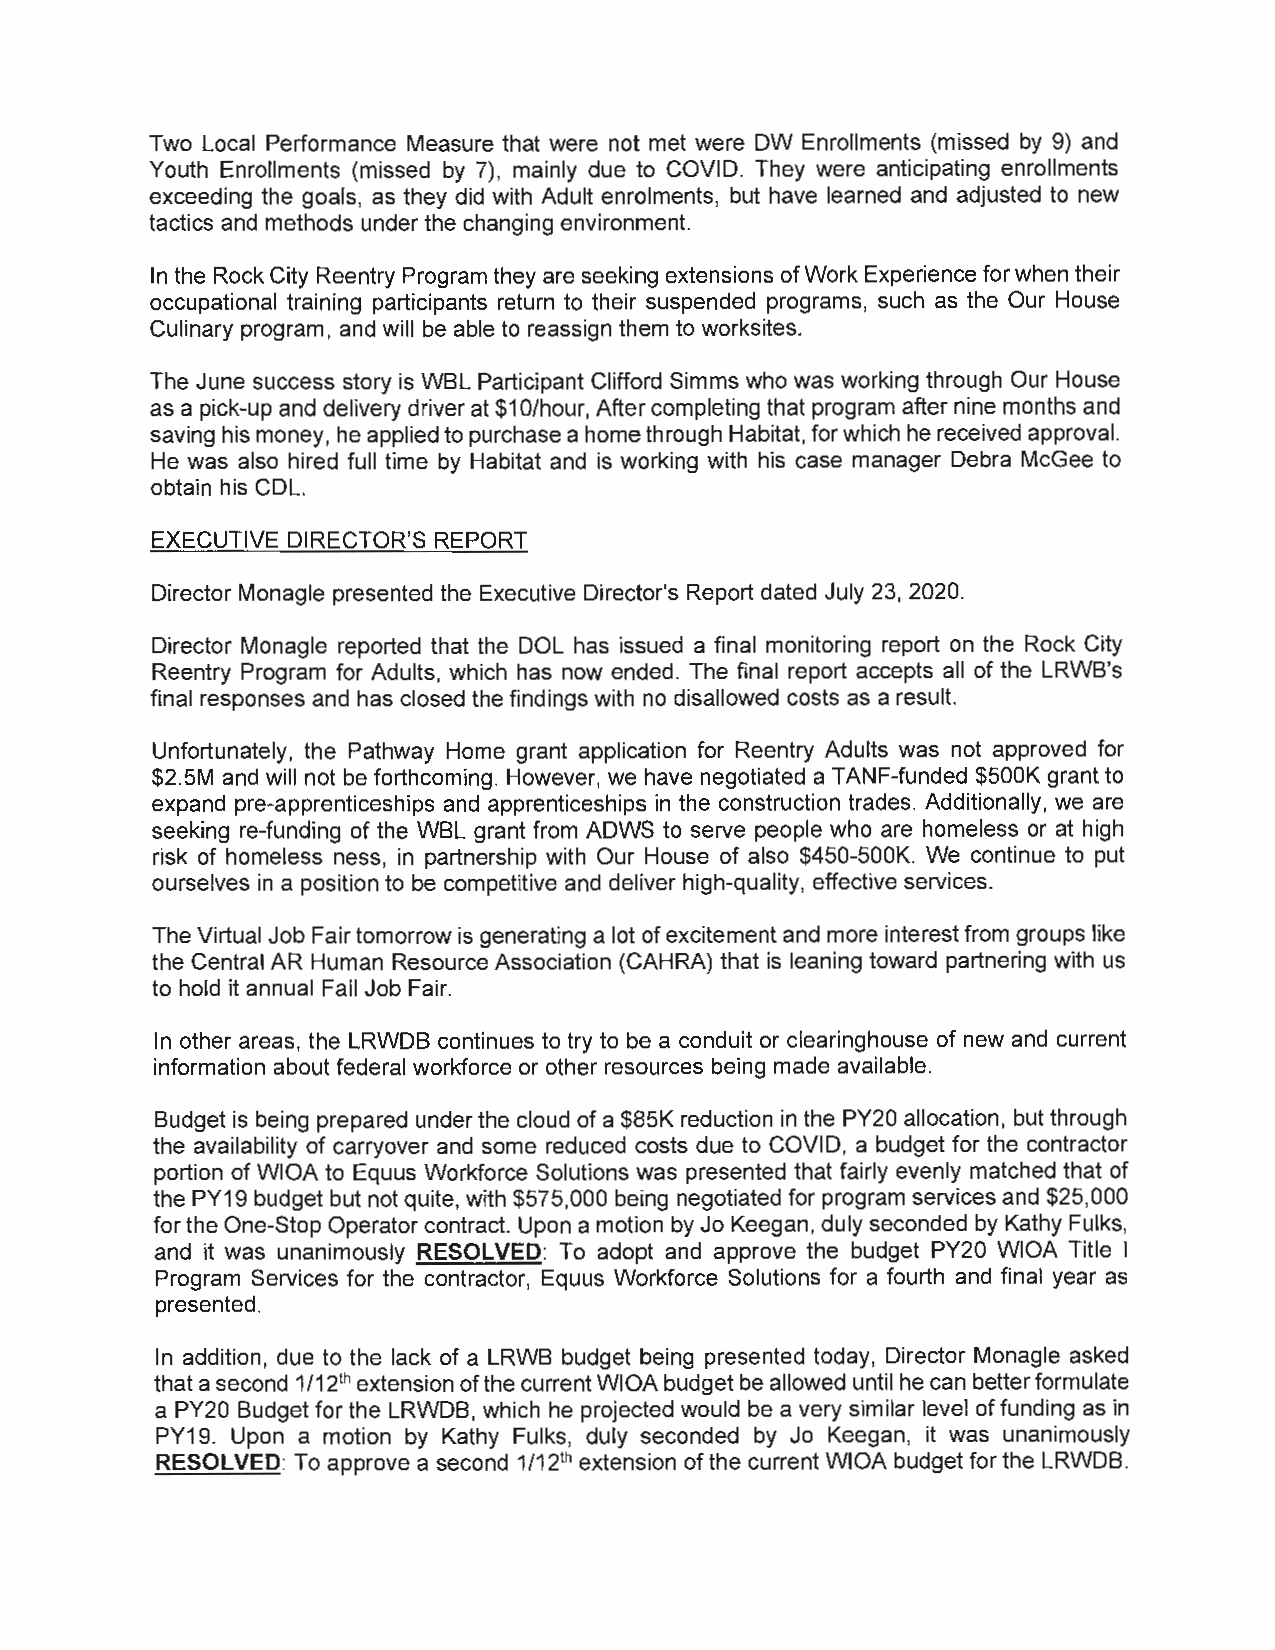
Two Local Performance Measure that were not met were OW Enrollments (missed by 9) and
 Youth Enrollments (missed by 7), mainly due to COVID. They were anticipating enrollments
 exceeding the goals, as they did with Adult enrolments, but have learned and adjusted to new
 tactics and methods under the changing environment.
 In the Rock City Reentry Program they are seeking extensions of Work Experience for when their
 occupational training participants return to their suspended programs, such as the Our House
 Culinary program, and will be able to reassign them to worksites.
 The June success story is WBL Participant Clifford Simms who was working through Our House
 as a pick-up and delivery driver at $1 O/hour, After completing that program after nine months and
 saving his money, he applied to purchase a home through Habitat, for which he received approval.
 He was also hired full time by Habitat and is working with his case manager Debra McGee to
 obtain his COL.
 EXECUTIVE DIRECTOR'S REPORT
 Director Monagle presented the Executive Director's Report dated July 23, 2020.
 Director Monagle reported that the DOL has issued a final monitoring report on the Rock City
 Reentry Program for Adults, which has now ended. The final report accepts all of the LRWB's
 final responses and has closed the findings with no disallowed costs as a result.
 Unfortunately, the Pathway Home grant application for Reentry Adults was not approved for
 $2.SM and will not be forthcoming. However, we have negotiated a TANF-funded $SOOK grant to
 expand pre-apprenticeships and apprenticeships in the construction trades. Additionally, we are
 seeking re-funding of the WBL grant from ADWS to serve people who are homeless or at high
 risk of homeless ness, in partnership with Our House of also $450-SOOK. We continue to put
 ourselves in a position to be competitive and deliver high-quality, effective services.
 The Virtual Job Fair tomorrow is generating a lot of excitement and more interest from groups like
 the Central AR Human Resource Association (CAHRA) that is leaning toward partnering with us
 to hold it annual Fall Job Fair.
 In other areas, the LRWDB continues to try to be a conduit or clearinghouse of new and current
 information about federal workforce or other resources being made available.
 Budget is being prepared under the cloud of a $85K reduction in the PY20 allocation, but through
 the availability of carryover and some reduced costs due to COVID, a budget for the contractor
 portion of WIOA to Equus Workforce Solutions was presented that fairly evenly matched that of
 the PY19 budget but not quite, with $575,000 being negotiated for program services and $25,000
 for the One-Stop Operator contract. Upon a motion by Jo Keegan, duly seconded by Kathy Fulks,
 and it was unanimously RESOLVED: To adopt and approve the budget PY20 WIOA Title I
 Program Services for the contractor, Equus Workforce Solutions for a fourth and final year as
 presented.
 In addition, due to the lack of a LRWB budget being presented today, Director Monagle asked
 that a second 1/ 121 h extension of the current WIOA budget be allowed until he can better formulate
 a PY20 Budget for the LRWDB, which he projected would be a very similar level of funding as in
 PY19. Upon a motion by Kathy Fulks, duly seconded by Jo Keegan, it was unanimously
 RESOLVED: To approve a second 1/ 121 h extension of the current WIOA budget for the LRWDB.